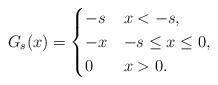
LaTeX: \begin{align*}G_s(x) = \begin{cases}-s & x < -s, \\-x & -s \leq x \leq 0, \\0 & x > 0.\end{cases}\end{align*}